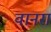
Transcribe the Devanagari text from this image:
वानरा